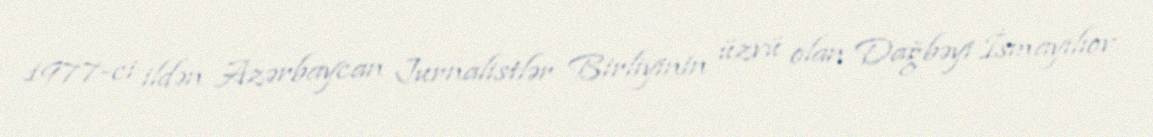
1977-ci ildən Azərbaycan Jurnalistlər Birliyinin üzvü olan Dağbəyi İsmayılıov